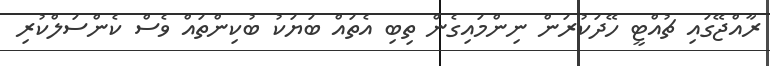
ރާއްޖޭގައި ޗުއްޓީ ހޭދަކުރަން ނިންމައިގެން ތިބި އެތައް ބަޔަކު ބުކިންތައް ވެސް ކެންސަލްކުރި